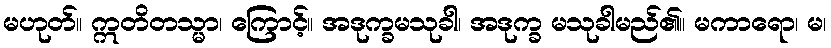
မဟုတ်။ ဣတိတသ္မာ၊ ကြောင့်။ အဒုက္ခမသုခါ၊ အဒုက္ခ မသုခါမည်၏။ မကာရော၊ မ၊